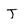
Character: J